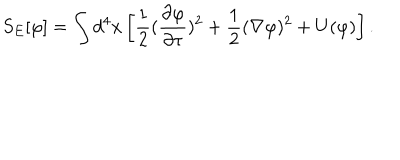
S _ { E } [ \varphi ] = \int d ^ { 4 } { x } \left[ { \frac { 1 } { 2 } } ( { \frac { \partial \varphi } { \partial \tau } } ) ^ { 2 } + { \frac { 1 } { 2 } } ( \nabla \varphi ) ^ { 2 } + U ( \varphi ) \right] .